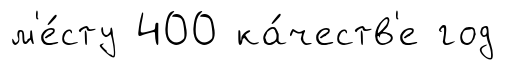
м'е́сту 400 ка́честв'е год